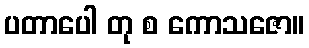
ပတာပေါ တု စ ကောသဇော။